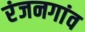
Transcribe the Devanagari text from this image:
रंजनगांव